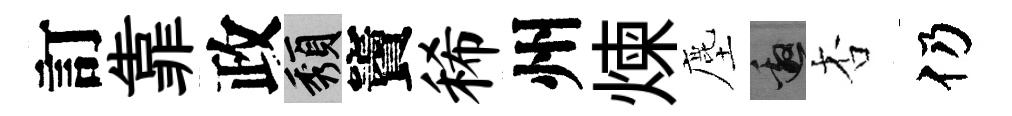
訂靠政頽竇稀州煉塵邀杏仍